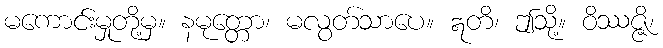
မကောင်းမှုတို့မှ။ နမုတ္တော၊ မလွတ်သာပေ။ ဣတိ၊ ဤသို့။ ဝိဿဇ္ဇိ၊